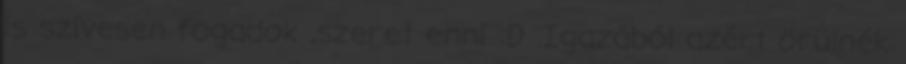
is szívesen fogadok ,szeret enni :D .Igazából azért örülnék